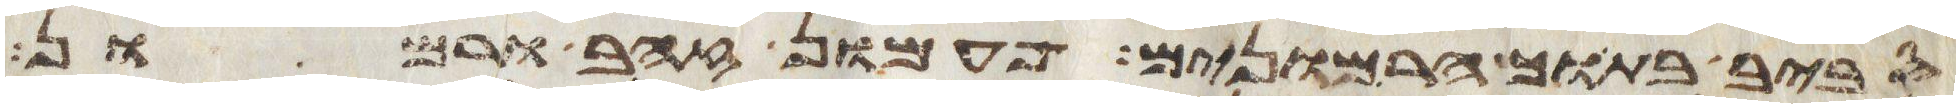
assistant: סביב בתוך הרמונים פעמון זהב ורמון